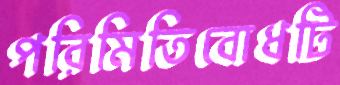
পরিমিতিবোধটি